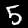
Digit: 5